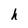
Character: h